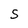
Character: S